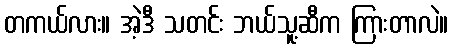
တကယ်လား။ အဲ့ဒီ သတင်း ဘယ်သူ့ဆီက ကြားတာလဲ။